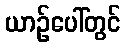
ယာဉ်ပေါ်တွင်